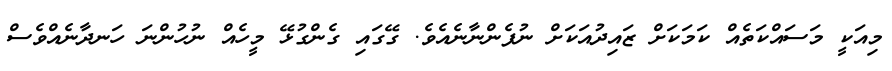
މިއަކީ މަސައްކަތެއް ކަމަކަށް ޒައިދުއަކަށް ނުފެންނާނެއެވެ. ގޭގައި ގެންގުޅޭ މީހެއް ނުހުންނަ ހަނދާނެއްވެސް